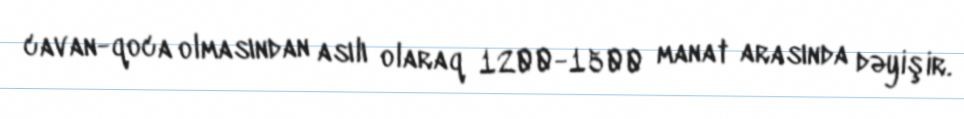
cavan-qoca olmasından asılı olaraq 1200-1500 manat arasında dəyişir.